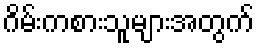
ဂိမ်းကစားသူများအတွက်